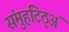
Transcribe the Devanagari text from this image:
संमुहटिठ्‌अं